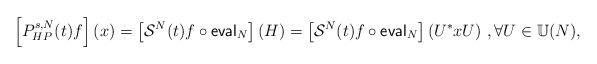
LaTeX: \begin{align*}\left[P^{s,N}_{HP}(t)f\right](x)=\left[\mathcal{S}^N(t)f\circ \mathsf{eval}_N\right](H)=\left[\mathcal{S}^N(t)f\circ \mathsf{eval}_N\right](U^*xU)\ , \forall U\in \mathbb{U}(N),\end{align*}